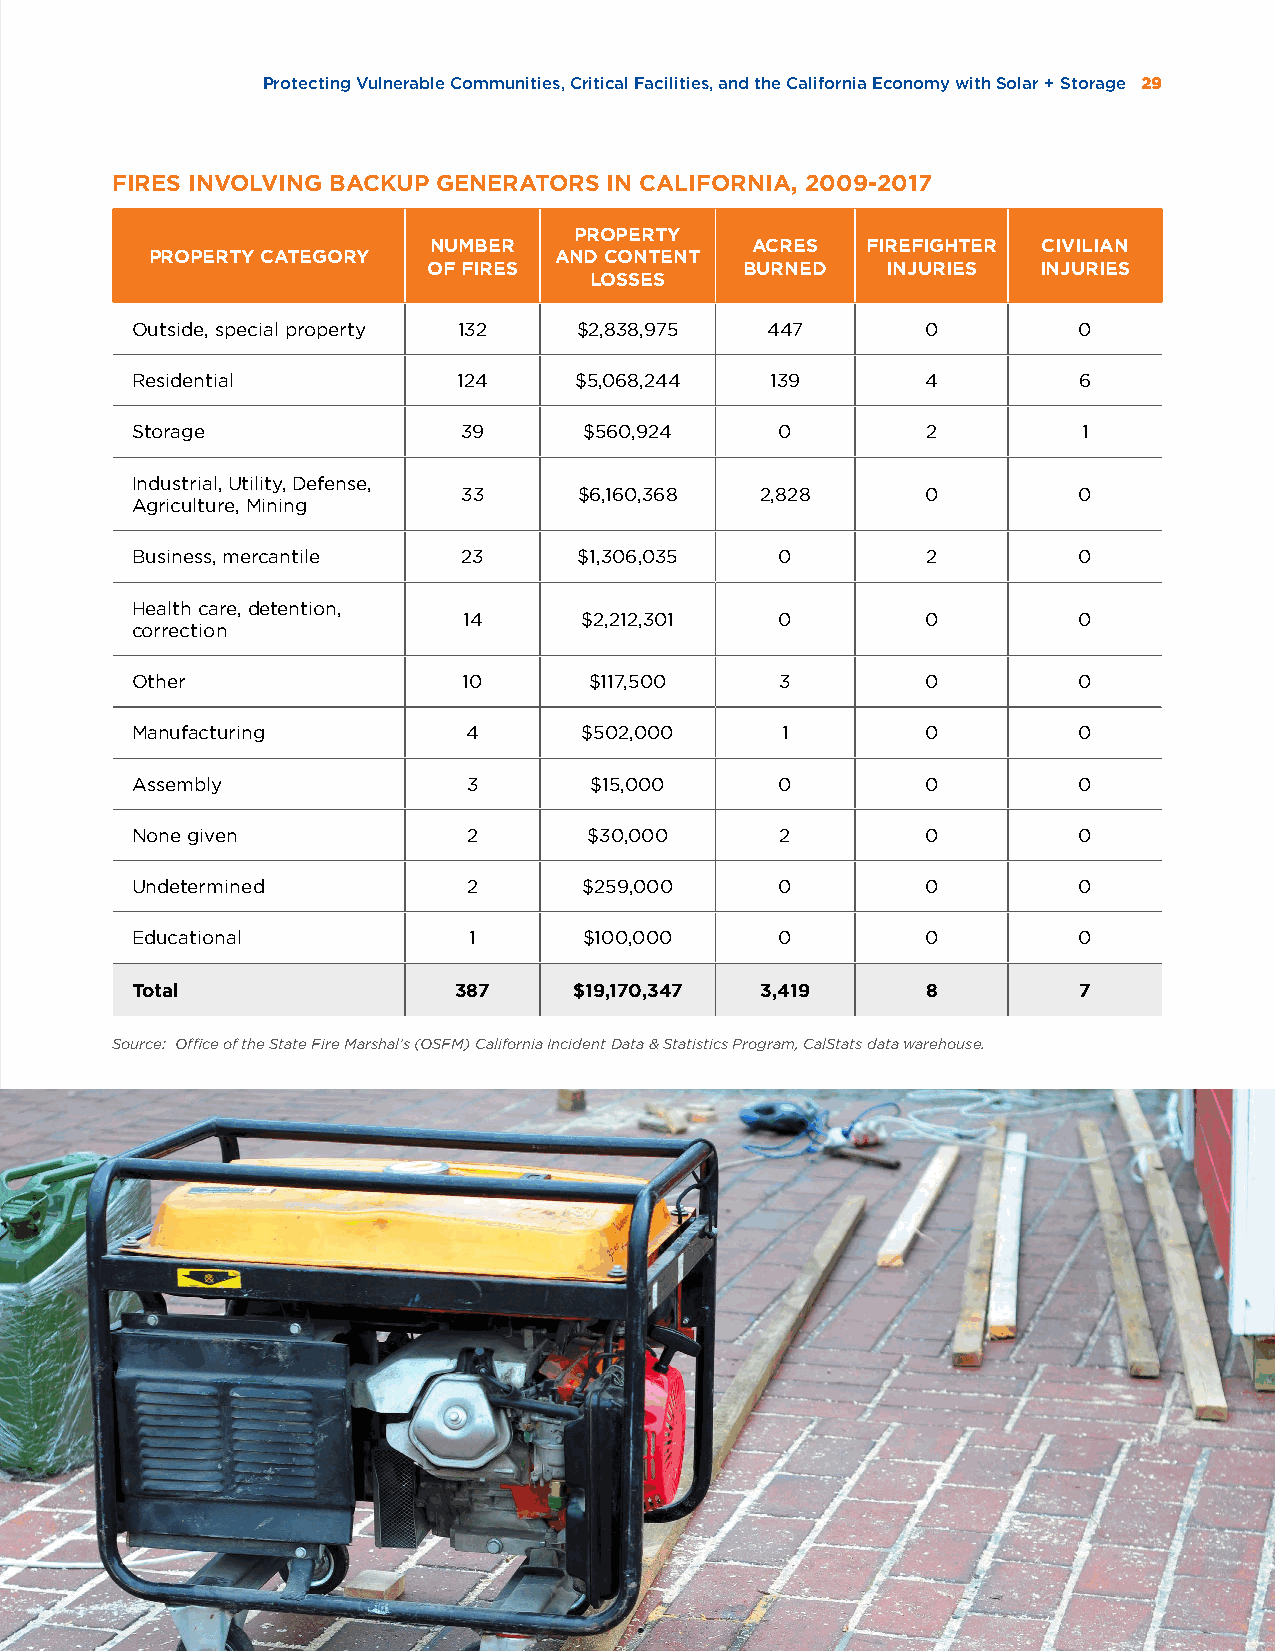
Protecting Vulnerable Communities, Critical Facilities, and the California Economy with Solar + Storage 29
 FIRES INVOLVING BACKUP GENERATORS IN CALIFORNIA, 2009-2017
 PROPERTY
 NUMBER                ACRES  FIREFIGHTER CIVILIAN
 PROPERTY CATEGORY          AND CONTENT
 OF FIRES             BURNED    INJURIES  INJURIES
 LOSSES
 Outside, special property 132 $2,838,975  447       0         0
 Residential          124     $5,068,244   139       4         6
 Storage               39      $560,924     0        2          1
 Industrial, Utility, Defense,
 33     $6,160,368  2,828      0         0
 Agriculture, Mining
 Business, mercantile  23     $1,306,035    0        2         0
 Health care, detention,
 14     $2,212,301    0        0         0
 correction
 Other                 10      $117,500     3        0         0
 Manufacturing         4      $502,000      1        0         0
 Assembly              3       $15,000      0        0         0
 None given            2       $30,000      2        0         0
 Undetermined          2       $259,000     0        0         0
 Educational           1       $100,000     0        0         0
 Total                387     $19,170,347 3,419      8         7
 Source: Office of the State Fire Marshal’s (OSFM) California Incident Data & Statistics Program, CalStats data warehouse.